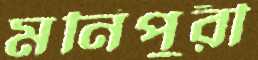
মনিপুরী